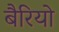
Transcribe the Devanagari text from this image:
बैरियो